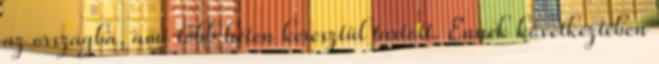
az országba, ami több héten keresztül tartott. Ennek következtében